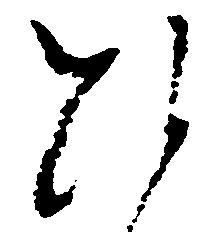
ひ